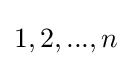
{1,2,...,n}